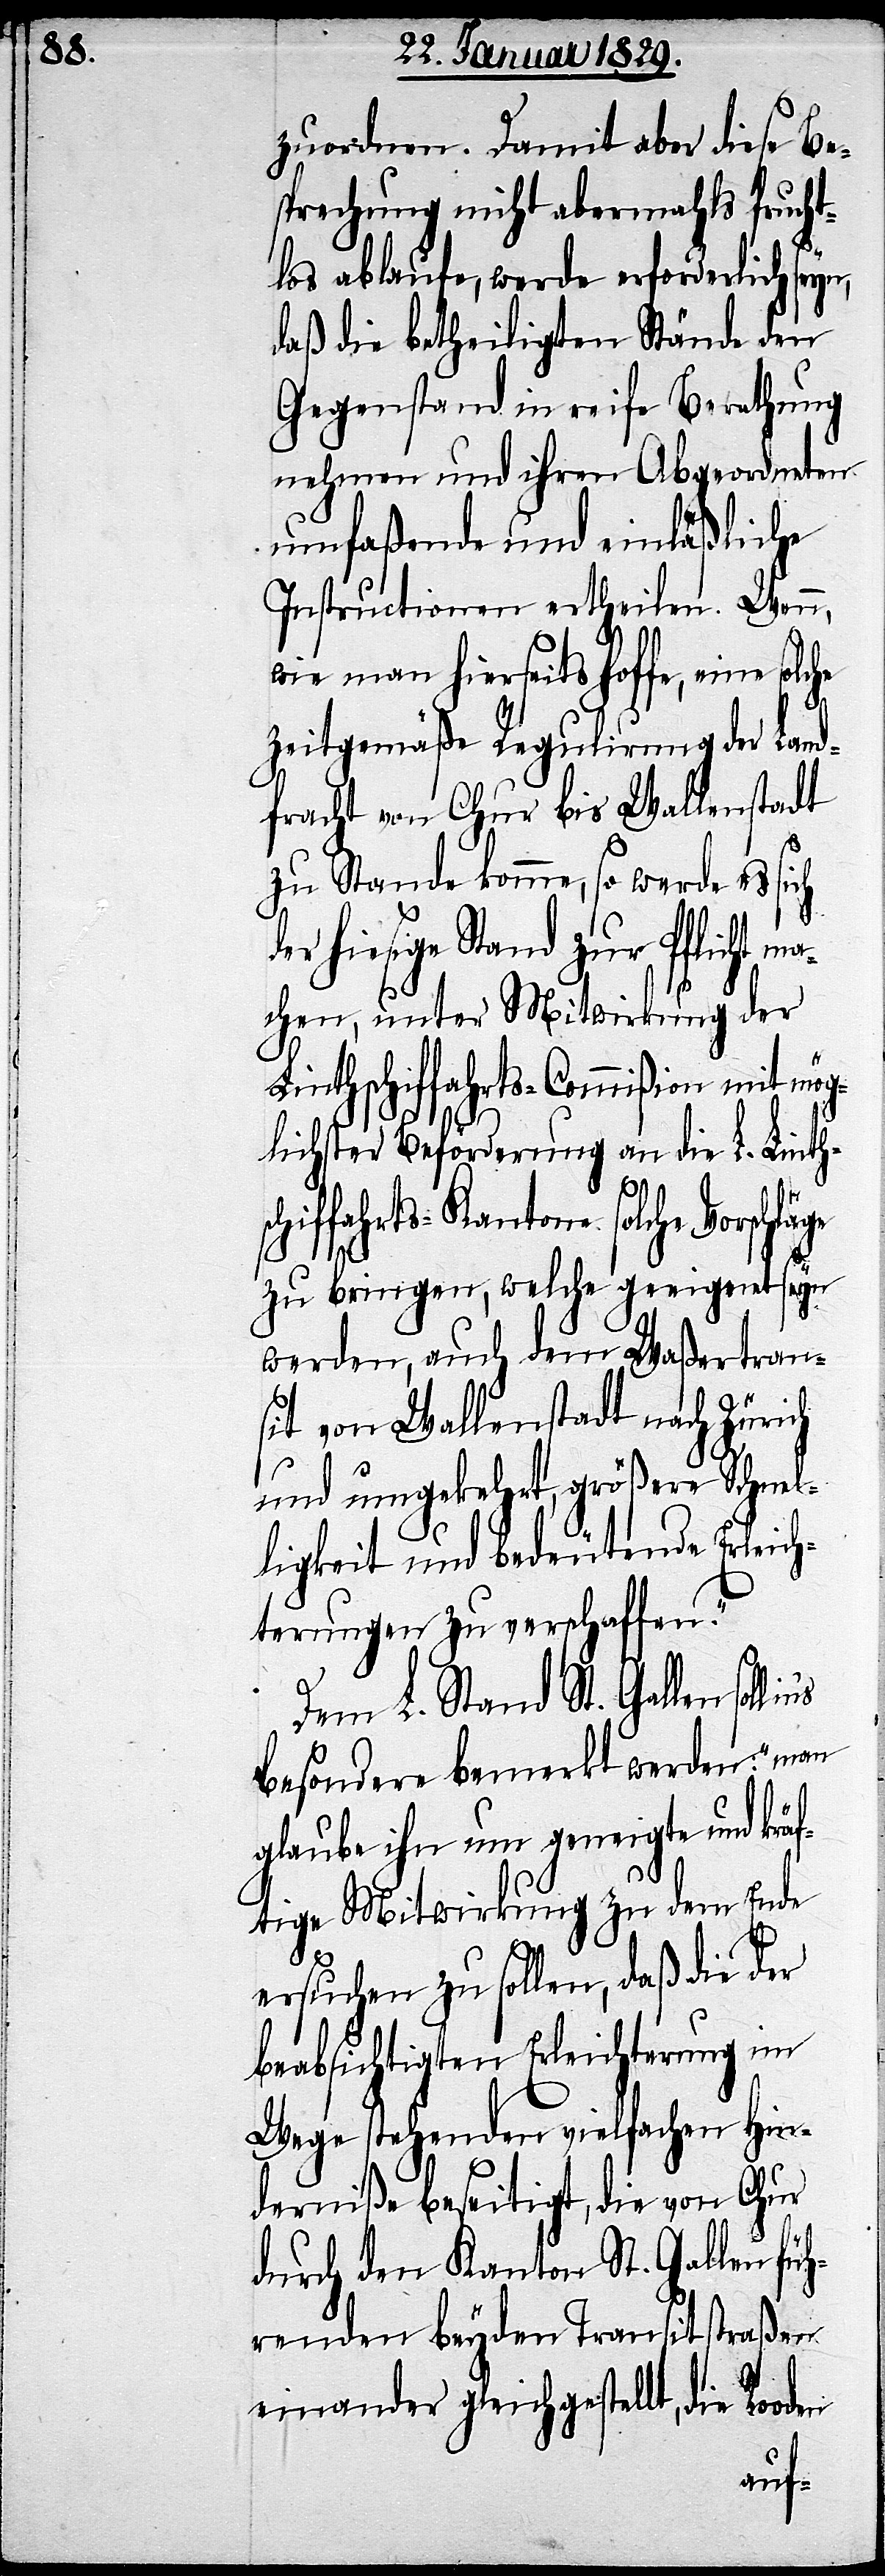
äge

zuordnen. Damit aber diese Be¬
sprechung nicht abermahls frucht¬
los ablaufe, werde erforderlich sey¬
daß die betheiligten Stände den
Gegenstand in reife Berathung
nehmen und ihren Abgeordneten
umfaßende und einläßliche
Instructionen ertheilen. Wenn,
wie man hierseits hoffe, eine
zeitgemäße Regulirung der Land¬
fracht von Chur bis Wallenstadt
zu Stande komme, so werde es sich
rseitige Stand zu Pflicht
machen, unter Mitwirkung der
Linthschiffahrts-Commißion mit mög¬
lichster Beförderung an die L. Linths¬
chiffahrts-Kantone solche Vorschl¬
zu bringen, welche geeignet seyn
werden, auch dem Waßertran¬
sit von Wallenstadt nach Zürich
und umgekehrt, größere Schnel¬
ligkeit und bedeutende Erleich¬
terungen zu verschaffen.“
Dem L. Stand St. Gallen soll
besondere bemerkt werden: „man
glaub ihn um geneigte und kräf¬
tige Mitwirkung zu dem Ende
ersuchen zu sollen, daß die der
beabsichtigten Erleichterung im
Wege stehenden vielfachen Hin¬
derniße beseitigt, die von Chur
durch den Kanton St. Gallen füh¬
renden beyden Transitstraßen
einander gleichgestellt, die